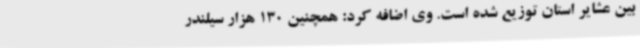
بین عشایر استان توزیع شده است. وی اضافه کرد: همچنین 130 هزار سیلندر